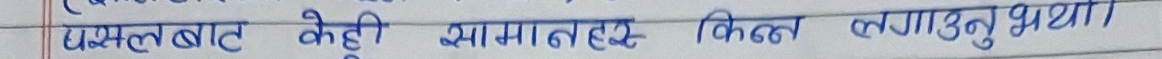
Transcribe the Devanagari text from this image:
प्रसस्तबाट केही जमावट किन लगाउनु भयो।